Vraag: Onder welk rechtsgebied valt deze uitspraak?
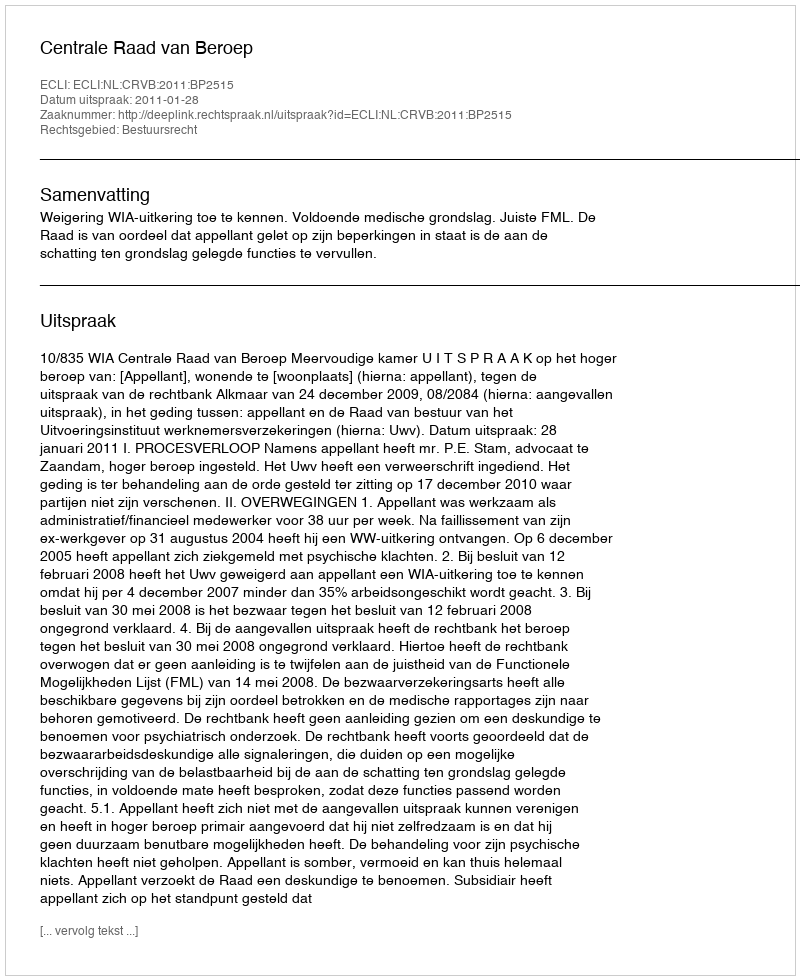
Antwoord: Bestuursrecht